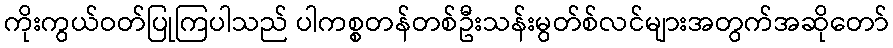
ကိုးကွယ်ဝတ်ပြုကြပါသည် ပါကစ္စတန်တစ်ဦးသန်းမွတ်စ်လင်များအတွက်အဆိုတော်